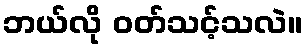
ဘယ်လို ဝတ်သင့်သလဲ။